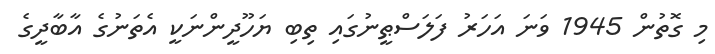
މި ގޮތުން 1945 ވަނަ އަހަރު ފަލަސްޠީނުގައި ތިބި ޔަހޫދީންނަކީ އެތަނުގެ އާބާދީގެ